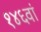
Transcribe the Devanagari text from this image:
१४६वां